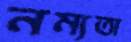
নম্যতা